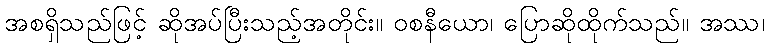
အစရှိသည်ဖြင့် ဆိုအပ်ပြီးသည့်အတိုင်း။ ဝစနီယော၊ ပြောဆိုထိုက်သည်။ အဿ၊